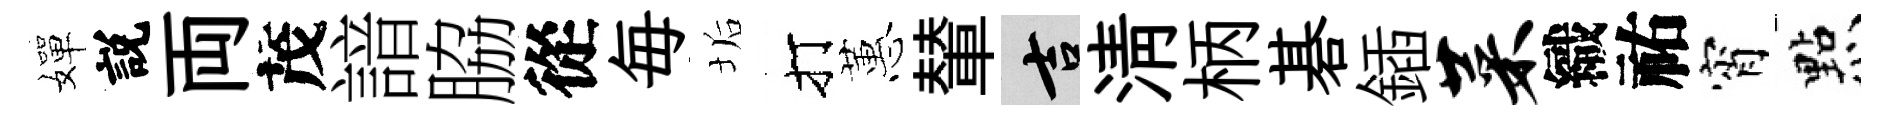
嬋説両茂諳脇從毎垢打蕙輦吉淸柄碁鍤菜織祐宵㸃